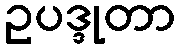
ဥပဒ္ဒုတာ